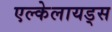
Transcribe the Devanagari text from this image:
एल्केलायड्स